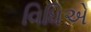
વિધિએ